Veterinary regulations India, 1939 -
Year: 1939
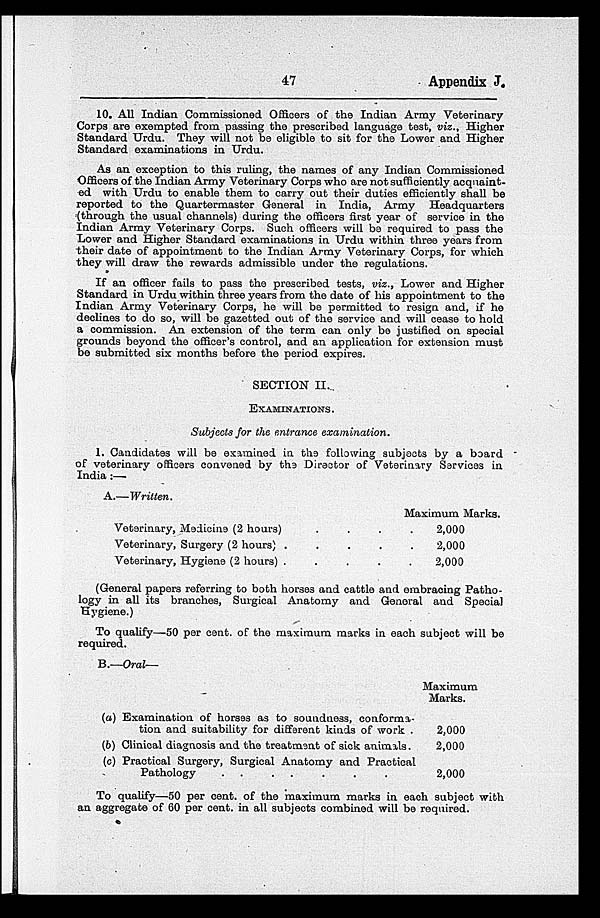
47
Appendix J.
10. All Indian Commissioned Officers of the Indian Army Veterinary
Corps are exempted from passing the prescribed language test, viz.. Higher
Standard Urdu. They will not be eligible to sit for the Lower and Higher
Standard examinations in Urdu.
As an exception to this ruling, the names of any Indian Commissioned
Officers of the Indian Army Veterinary Corps who are not sufficiently acquaint-
ed with Urdu to enable them to carry out their duties efficiently shall be
reported to the Quartermaster General in India, Army Headquarters
(through the usual channels) during the officers first year of service in the
Indian Army Veterinary Corps. Such officers will be required to pass the
Lower and Higher Standard examinations in Urdu within three years from
their date of appointment to the Indian Army Veterinary Corps, for which
they will draw the rewards admissible under the regulations.
If an officer fails to pass the prescribed tests, viz., Lower and Higher
Standard in Urdu within three years from the date of his appointment to the
Indian Army Veterinary Corps, he will be permitted to resign and, if he
declines to do so, will be gazetted out of the service and will cease to hold
a commission. An extension of the term can only be justified on special
grounds beyond the officer's control, and an application for extension must
be submitted six months before the period expires.
SECTION II.
EXAMINATIONS.
Subjects for the entrance examination.
1. Candidates will be examined in the following subjects by a board
of veterinary officers convened by the Director of Veterinary Services in
India :—
A.—Written.
Veterinary, Medicine (2 hours)
Veterinary, Surgery (2 hours) .
Veterinary, Hygiene (2 hours) .
.
.
.
.
.
.
.
.
.
Maximum Marks.
.
.
.
2,000
2,000
2,000
(General papers referring to both horses and cattle and embracing Patho-
logy in all its branches, Surgical Anatomy and General and Special
Hygiene.)
To qualify—50 per cent. of the maximum marks in each subject will be
required.
B.—Oral—
(a)
(b)
(c)
Examination of horses as to soundness, conforma-
tion and suitability for different kinds of work .
Clinical diagnosis and the treatment of sick animals.
Practical Surgery, Surgical Anatomy and Practical
Pathology
. .
. .
Maximum
Marks.
2,000
2,000
2,000
To qualify—50 per cent. of the maximum marks in each subject with
an aggregate of 60 per cent. in all subjects combined will be required.